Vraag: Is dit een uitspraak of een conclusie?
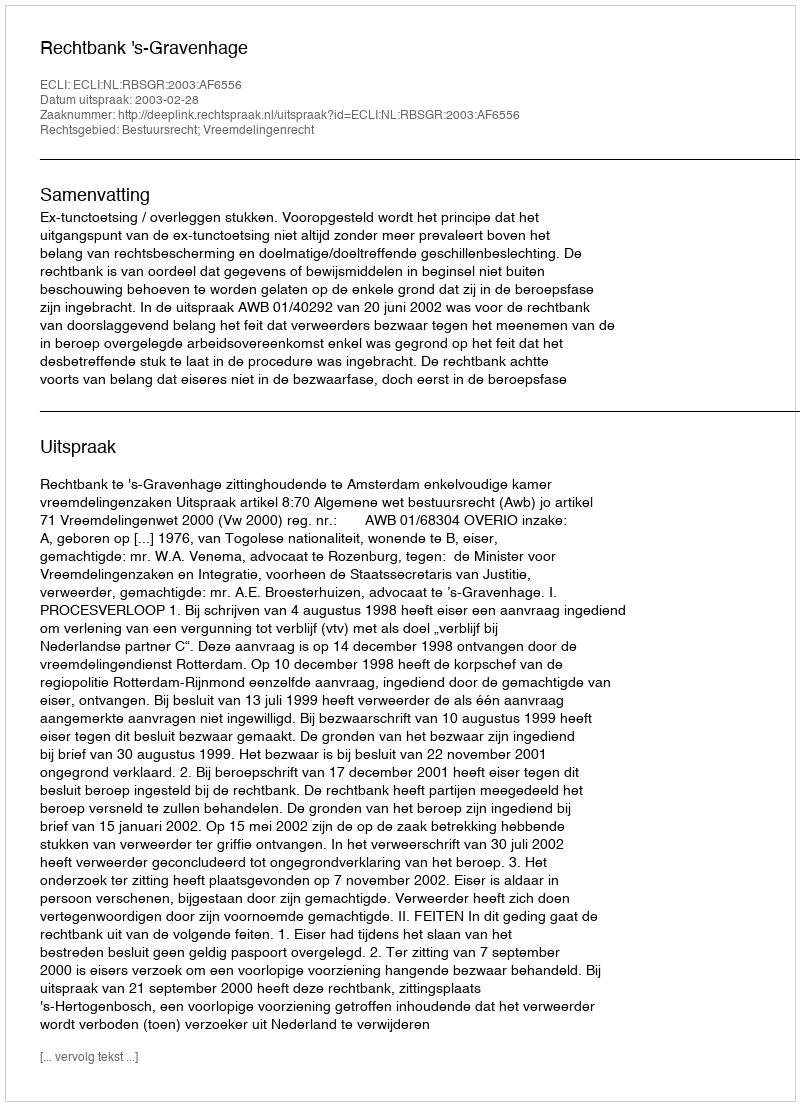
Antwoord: Uitspraak